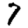
Digit: 7